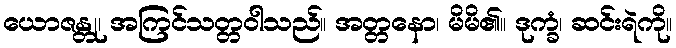
ယောဇန္တု၊ အကြင်သတ္တဝါသည်။ အတ္တနော၊ မိမိ၏။ ဒုက္ခံ၊ ဆင်းရဲကို။